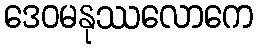
ဒေဝမနုဿလောကေ